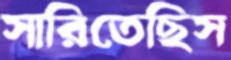
সারিতেছিস